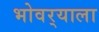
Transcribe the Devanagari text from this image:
भोवर्‍याला